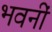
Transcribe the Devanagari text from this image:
भवनीं